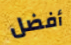
أفضل